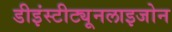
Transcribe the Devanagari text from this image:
डीइंस्टीट्यूनलाइजोन